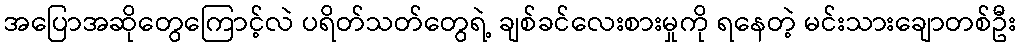
အပြောအဆိုတွေကြောင့်လဲ ပရိတ်သတ်တွေရဲ့ ချစ်ခင်လေးစားမှုကို ရနေတဲ့ မင်းသားချောတစ်ဦး